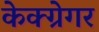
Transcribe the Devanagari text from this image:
केक्ग्रेगर